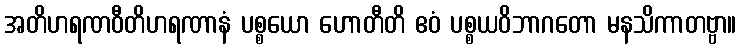
အတိဟရဏဝီတိဟရဏာနံ ပစ္စယော ဟောတီတိ ဧဝံ ပစ္စယဝိဘာဂတော မနသိကာတဗ္ဗာ။